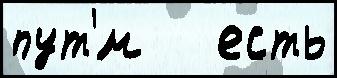
пут'́м   есть